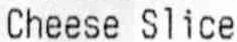
CHEESE SLICE